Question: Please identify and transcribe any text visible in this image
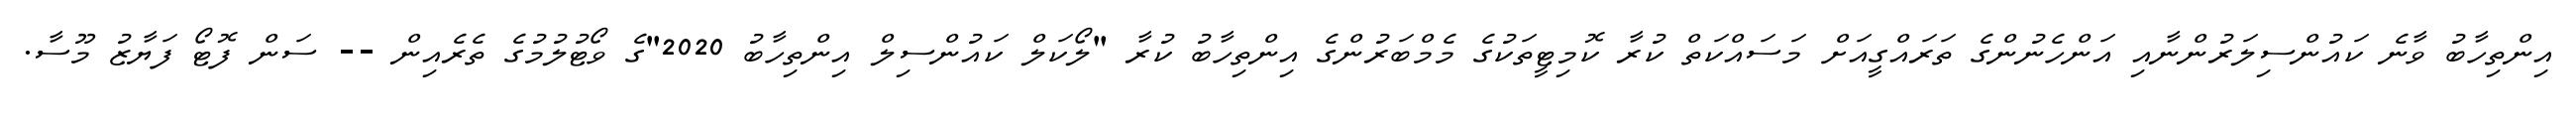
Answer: އިންތިހާބު ވާނެ ކައުންސިލަރުންނާއި އަންހެނުންގެ ތަރައްގީއަށް މަސައްކަތް ކުރާ ކޮމިޓީތަކުގެ މެމްބަރުންގެ އިންތިހާބު ކުރާ "ލޯކަލް ކައުންސިލް އިންތިހާބު 2020"ގެ ވޯޓުލުމުގެ ތެރެއިން -- ސަން ފޮޓޯ ފަޔާޒު މޫސާ.